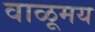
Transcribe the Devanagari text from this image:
वाळूमय